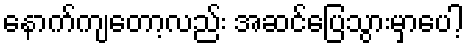
နောက်ကျတော့လည်း အဆင်ပြေသွားမှာပေါ့